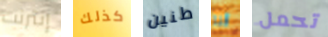
إنترنت كذلك طنين أنا تحمل